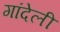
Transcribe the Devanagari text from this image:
गांदेली